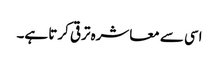
اسی سے معاشرہ ترقی کرتا ہے۔